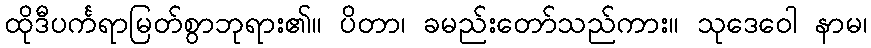
ထိုဒီပင်္ကရာမြတ်စွာဘုရား၏။ ပိတာ၊ ခမည်းတော်သည်ကား။ သုဒေဝေါ နာမ၊